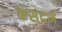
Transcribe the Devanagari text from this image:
केसंदर्भ